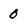
Character: 0